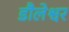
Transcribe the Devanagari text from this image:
डौलेश्वर